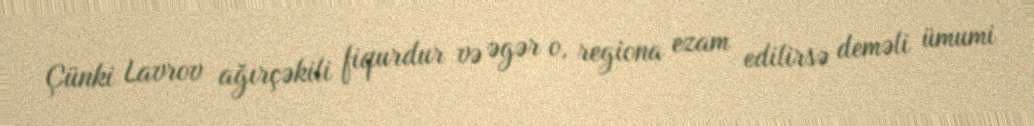
Çünki Lavrov ağırçəkili fiqurdur və əgər o, regiona ezam edilirsə deməli ümumi